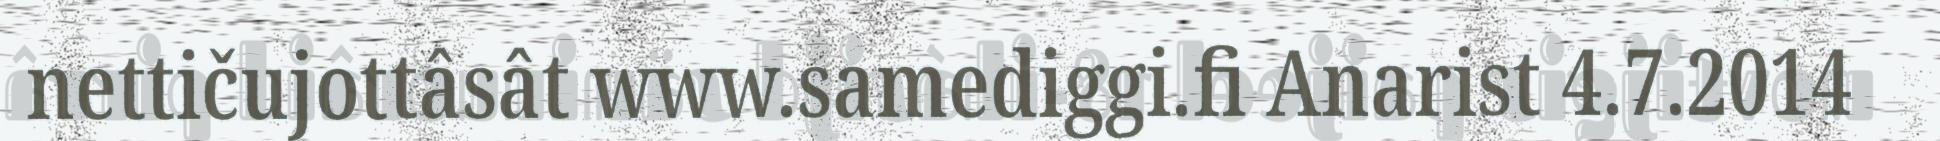
nettičujottâsât www.samediggi.fi Anarist 4.7.2014